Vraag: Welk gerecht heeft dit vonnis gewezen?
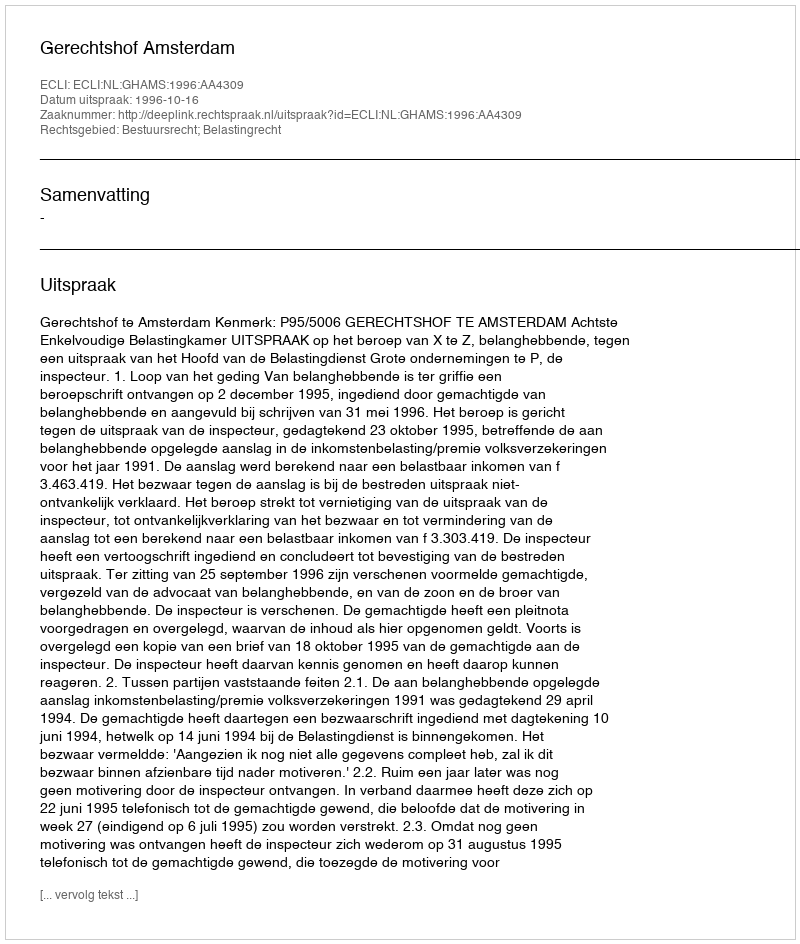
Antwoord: Gerechtshof Amsterdam